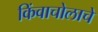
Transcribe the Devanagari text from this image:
किंवाचोलाचे